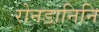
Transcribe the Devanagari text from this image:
रोनडानिनि